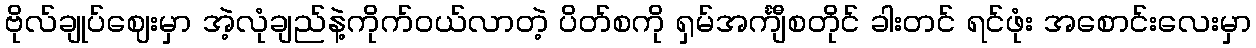
ဗိုလ်ချုပ်ဈေးမှာ အဲ့လုံချည်နဲ့ကိုက်၀ယ်လာတဲ့ ပိတ်စကို ရှမ်အင်္ကျီစတိုင် ခါးတင် ရင်ဖုံး အစောင်းလေးမှာ